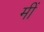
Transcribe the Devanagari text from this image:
मीं